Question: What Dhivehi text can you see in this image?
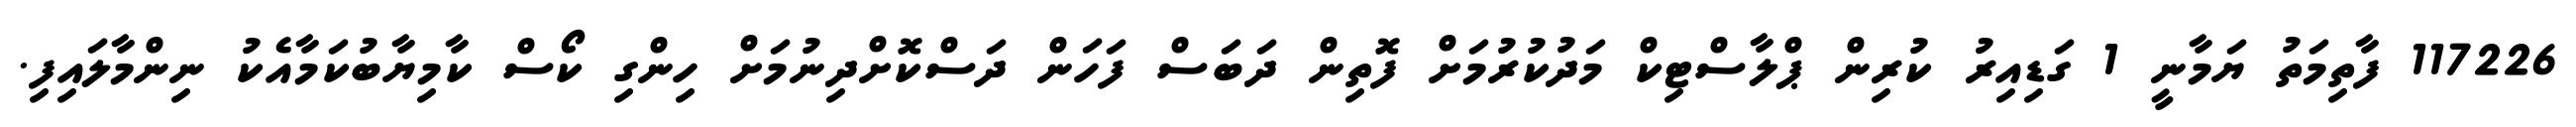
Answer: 117226 ފާތިމަތު ޔަމާނީ 1 ގަޑިއިރު ކުރިން ޕްލާސްޓިކް މަދުކުރުމަށް ފޮތިން ދަބަސް ފަހަން ދަސްކޮށްދިނުމަށް ހިންގި ކޯސް ކާމިޔާބުކަމާއެކު ނިންމާލައިފި.